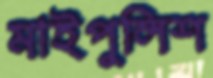
মাইপুলিশ